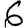
Digit: 6